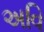
અવિ